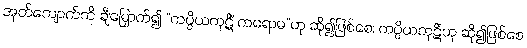
အုတ်ကျောက်ကို ချီမြှောက်၍ “ကပ္ပိယကုဋိံ ကရောမ”ဟု ဆို၍ဖြစ်စေ၊ ကပ္ပိယကုဋိံဟု ဆို၍ဖြစ်စေ